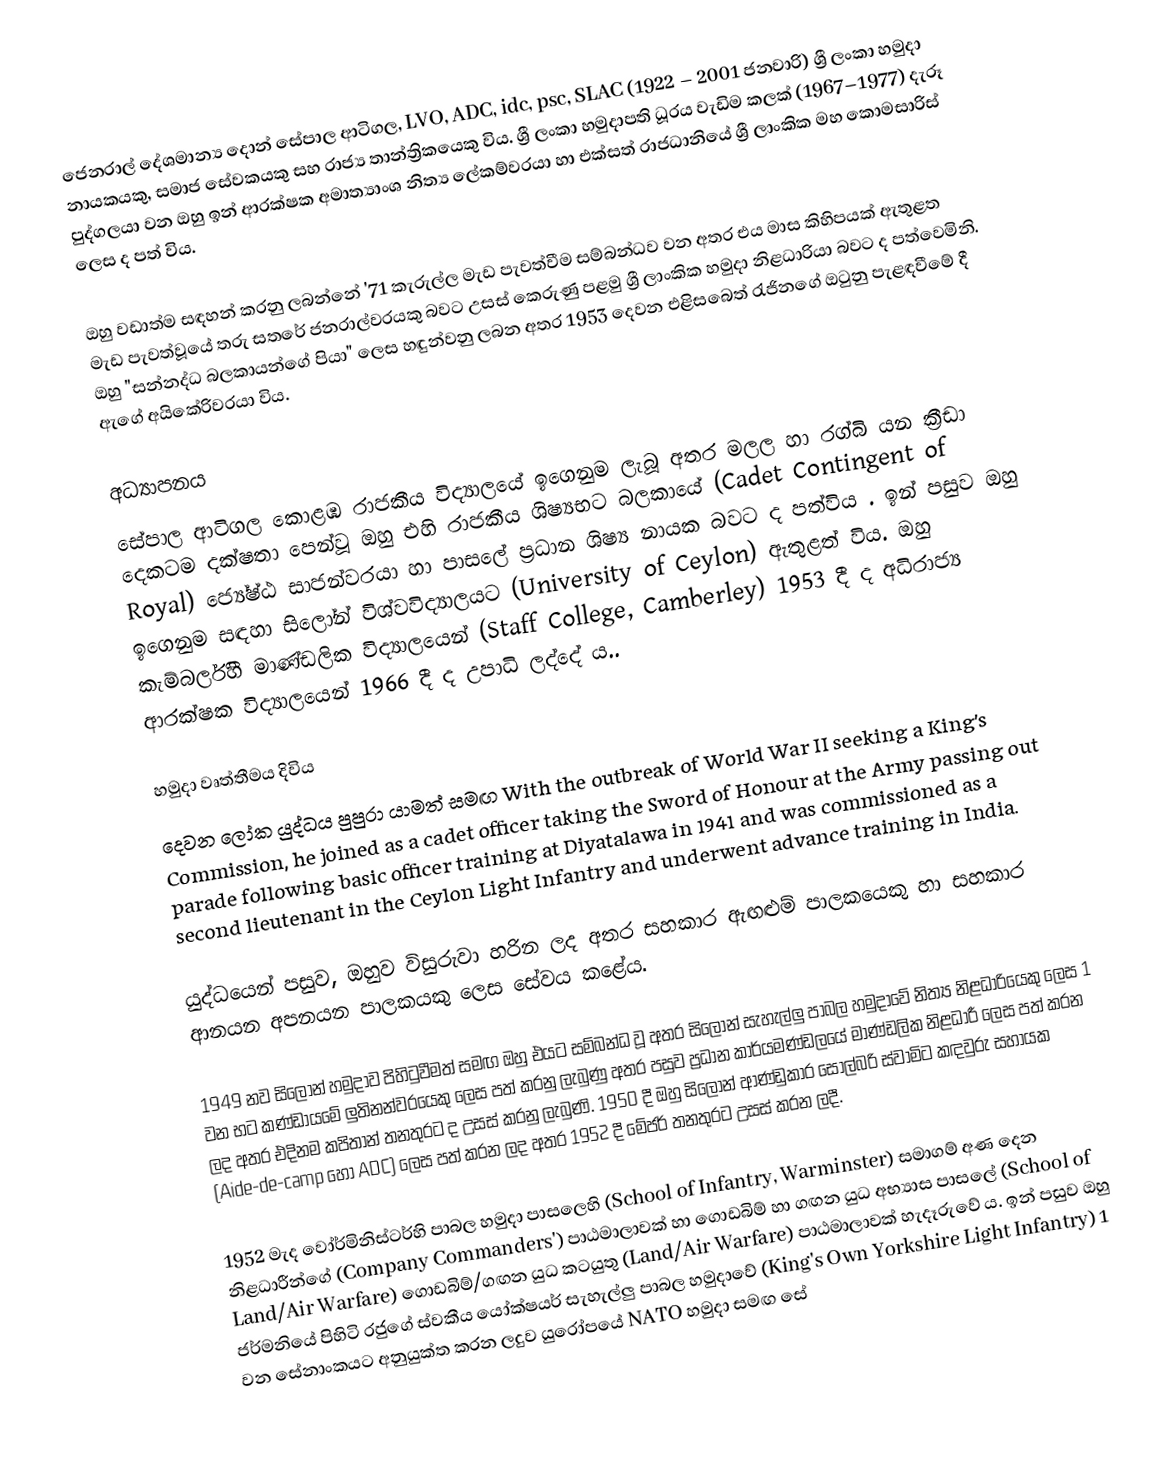
ජෙනරාල් දේශමාන්‍ය දොන් සේපාල ආටිගල, LVO, ADC, idc, psc, SLAC (1922 – 2001 ජනවාරි) ශ්‍රී ලංකා හමුදා නායකයකු, සමාජ සේවකයකු සහ රාජ්‍ය තාන්ත්‍රිකයෙකු විය. ශ්‍රී ලංකා හමුදාපති ධූරය වැඩිම කලක් (1967–1977) දැරූ පුද්ගලයා වන ඔහු ඉන් ආරක්ෂක අමාත්‍යාංශ නිත්‍ය ලේකම්වරයා හා එක්සත් රාජධානියේ ශ්‍රී ලාංකික මහ කොමසාරිස් ලෙස ද පත් විය. 

ඔහු වඩාත්ම සඳහන් කරනු ලබන්නේ '71 කැරුල්ල මැඩ පැවත්වීම සම්බන්ධව වන අතර එය මාස කිහිපයක් ඇතුළත මැඩ පැවත්වූයේ තරු සතරේ ජනරාල්වරයකු බවට උසස් කෙරුණු පළමු ශ්‍රී ලාංකික හමුදා නිළධාරියා බවට ද පත්වෙමිනි. ඔහු "සන්නද්ධ බලකායන්ගේ පියා"  ලෙස හඳුන්වනු ලබන අතර 1953 දෙවන එළිසබෙත් රැජිනගේ ඔටුනු පැළඳවීමේ දී ඇගේ අයිකේරිවරයා විය.

අධ්‍යාපනය
සේපාල ආටිගල කොළඹ රාජකීය විද්‍යාලයේ ඉගෙනුම ලැබූ අතර මලල හා රග්බි යන ක්‍රීඩා දෙකටම දක්ෂතා පෙන්වූ ඔහු එහි රාජකීය ශිෂ්‍යභට බලකායේ (Cadet Contingent of Royal) ජ්‍යේෂ්ඨ සාජන්වරයා හා පාසලේ ප්‍රධාන ශිෂ්‍ය නායක බවට ද පත්විය . ඉන් පසුව ඔහු ඉගෙනුම සඳහා සිලෝන් විශ්වවිද්‍යාලයට (University of Ceylon) ඇතුළත් විය. ඔහු කැම්බර්ලිහි මාණ්ඩලික විද්‍යාලයෙන් (Staff College, Camberley) 1953 දී ද අධිරාජ්‍ය ආරක්ෂක විද්‍යාලයෙන් 1966 දී ද උපාධි ලද්දේ ය..

හමුදා වෘත්තීමය දිවිය
දෙවන ලෝක යුද්ධය පුපුරා යාමත් සමඟ With the outbreak of World War II seeking a King's Commission, he joined as a cadet officer taking the Sword of Honour at the Army passing out parade following basic officer training at Diyatalawa in 1941 and was commissioned as a second lieutenant in the Ceylon Light Infantry and underwent advance training in India.

යුද්ධයෙන් පසුව, ඔහුව විසුරුවා හරින ලද අතර සහකාර ඇඟළුම් පාලකයෙකු හා සහකාර ආනයන අපනයන පාලකයකු ලෙස සේවය කළේය.

1949 නව සිලෝන් හමුදාව පිහිටුවීමත් සමඟ ඔහු එයට සම්බන්ධ වූ අතර සිලෝන් සැහැල්ලු පාබල හමුදාවේ නිත්‍ය නිළධාරියෙකු ලෙස 1 වන භට කණ්ඩායමේ ලුතිනන්වරයෙකු ලෙස පත් කරනු ලැබුණු අතර පසුව ප්‍රධාන කාර්යමණ්ඩලයේ මාණ්ඩලික නිළධාරී ලෙස පත් කරන ලද අතර එදිනම කපිතාන් තනතුරට ද උසස් කරනු ලැබුණි. 1950 දී ඔහු සිලෝන් ආණ්ඩුකාර සෝල්බරි ස්වාමිට කඳවුරු සහායක (Aide-de-camp හෝ ADC) ලෙස පත් කරන ලද අතර 1952 දී මේජර් තනතුරට උසස් කරන ලදී.

1952 මැද වෝර්මිනිස්ටර්හි පාබල හමුදා පාසලෙහි (School of Infantry, Warminster) සමාගම් අණ දෙන නිළධාරීන්ගේ (Company Commanders') පාඨමාලාවක් හා ගොඩබිම් හා ගඟන යුධ අභ්‍යාස පාසලේ (School of Land/Air Warfare) ගොඩබිම්/ගඟන යුධ කටයුතු  (Land/Air Warfare) පාඨමාලාවක් හැදෑරුවේ ය. ඉන් පසුව ඔහු ජර්මනියේ පිහිටි රජුගේ ස්වකීය යෝක්ෂයර් සැහැල්ලු පාබල හමුදාවේ (King's Own Yorkshire Light Infantry) 1 වන සේනාංකයට අනුයුක්ත කරන ලදුව යුරෝපයේ NATO හමුදා සමඟ සේ